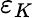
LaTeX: \varepsilon_{K}